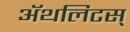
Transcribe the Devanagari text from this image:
ॲथलिटस्